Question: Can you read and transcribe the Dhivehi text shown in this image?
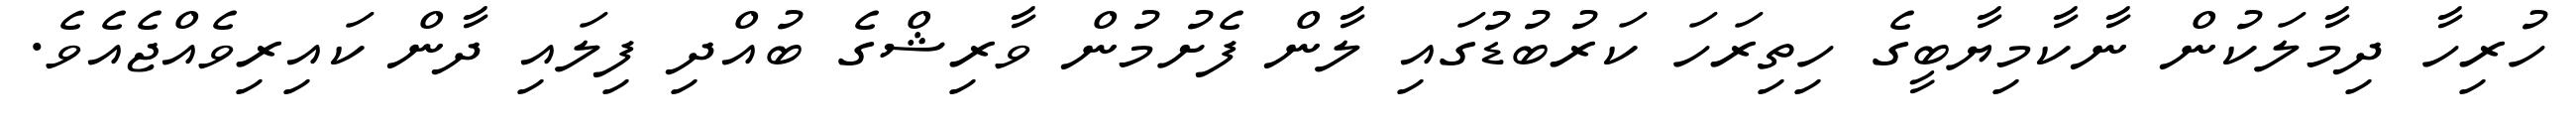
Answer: ހުރިހާ ދިމާލަކުން ނާކާމިޔާބީގެ ހިތިރަހަ ކަރުބުޑުގައި ލާން ފެށުމުން ވާރިޝްގެ ބުއްދި ފިލައި ދާން ކައިރިވެއްޖެއެވެ.